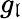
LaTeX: g_{\mathfrak{l}}